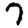
Digit: 7